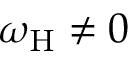
\omega _ { \mathrm { H } } \neq 0